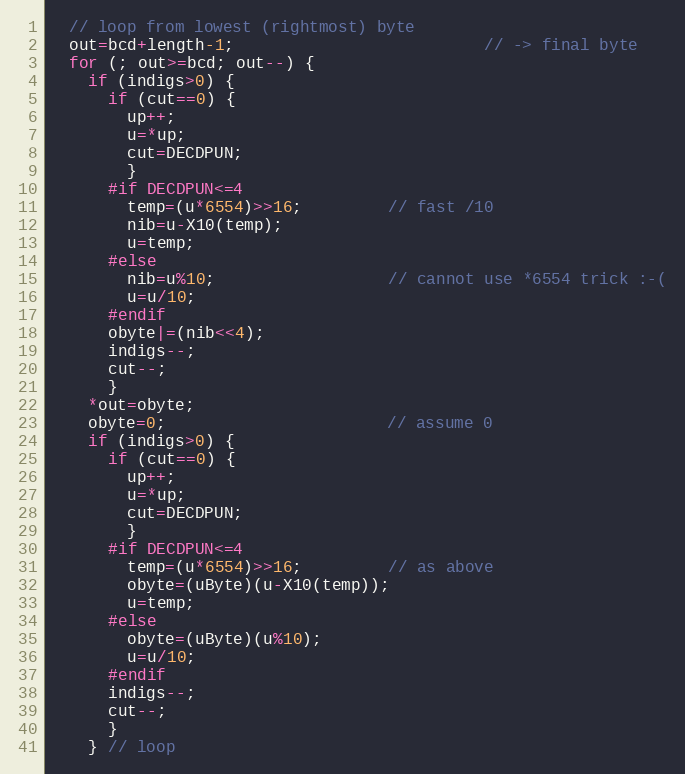
Language: C
  // loop from lowest (rightmost) byte
  out=bcd+length-1;                          // -> final byte
  for (; out>=bcd; out--) {
    if (indigs>0) {
      if (cut==0) {
        up++;
        u=*up;
        cut=DECDPUN;
        }
      #if DECDPUN<=4
        temp=(u*6554)>>16;         // fast /10
        nib=u-X10(temp);
        u=temp;
      #else
        nib=u%10;                  // cannot use *6554 trick :-(
        u=u/10;
      #endif
      obyte|=(nib<<4);
      indigs--;
      cut--;
      }
    *out=obyte;
    obyte=0;                       // assume 0
    if (indigs>0) {
      if (cut==0) {
        up++;
        u=*up;
        cut=DECDPUN;
        }
      #if DECDPUN<=4
        temp=(u*6554)>>16;         // as above
        obyte=(uByte)(u-X10(temp));
        u=temp;
      #else
        obyte=(uByte)(u%10);
        u=u/10;
      #endif
      indigs--;
      cut--;
      }
    } // loop